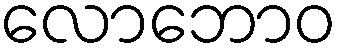
လောဘောဝ